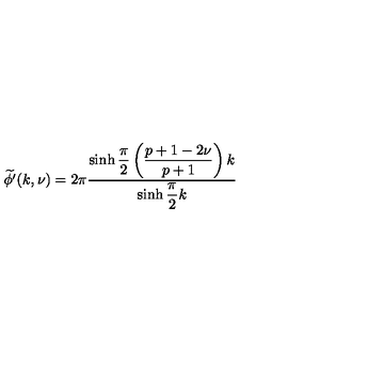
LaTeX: \widetilde { \phi ^ { \prime } } ( k , \nu ) = 2 \pi \displaystyle \frac { \sinh \displaystyle \frac { \pi } { 2 } \left( \displaystyle \frac { p + 1 - 2 \nu } { p + 1 } \right) k } { \sinh \displaystyle \frac { \pi } { 2 } k }